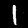
Label: 1